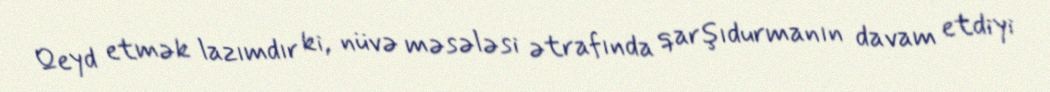
Qeyd etmək lazımdır ki, nüvə məsələsi ətrafında qarşıdurmanın davam etdiyi